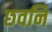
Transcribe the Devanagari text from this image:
छवनि